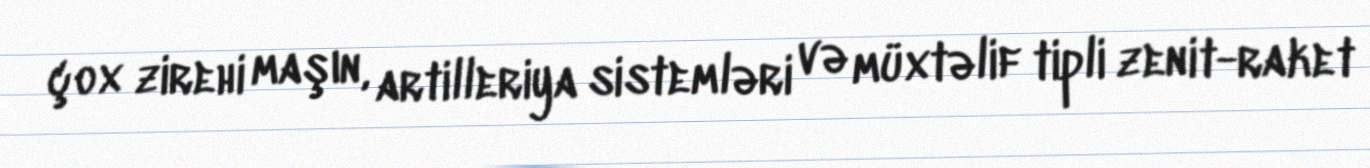
çox zirehi maşın, artilleriya sistemləri və müxtəlif tipli zenit-raket